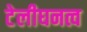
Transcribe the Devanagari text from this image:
टेलीघनत्व